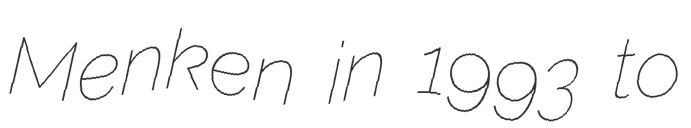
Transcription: Menken in 1993 to